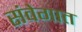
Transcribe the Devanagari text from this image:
संवेगात